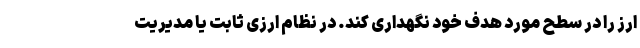
ارز را در سطح مورد هدف خود نگهداری کند. در نظام ارزی ثابت یا مدیریت